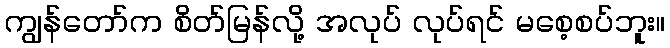
ကျွန်တော်က စိတ်မြန်လို့ အလုပ် လုပ်ရင် မစေ့စပ်ဘူး။